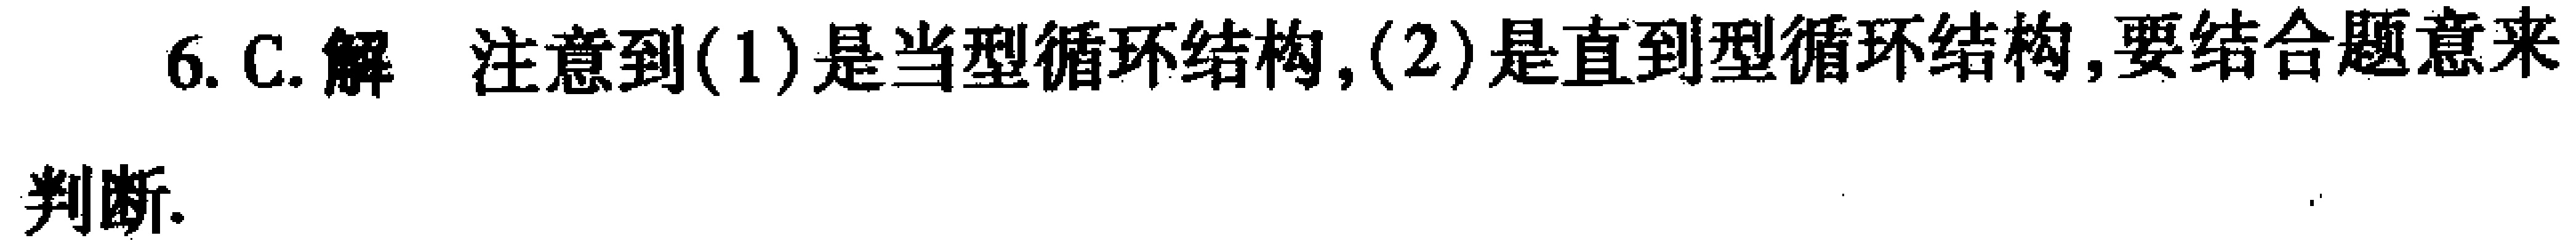
6. C. 解 注意到(1)是当型循环结构,(2)是直到型循环结构,要结合题意来判断.